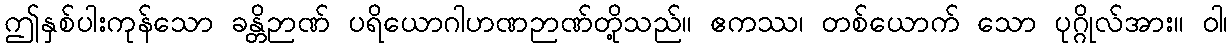
ဤနှစ်ပါးကုန်သော ခန္တိဉာဏ် ပရိယောဂါဟဏဉာဏ်တို့သည်။ ဧကဿ၊ တစ်ယောက် သော ပုဂ္ဂိုလ်အား။ ဝါ၊